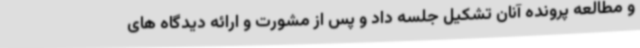
و مطالعه پرونده آنان تشکیل جلسه داد و پس از مشورت و ارائه دیدگاه های